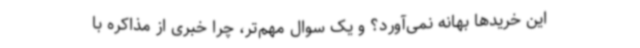
این خریدها بهانه نمی‌آورد؟ و یک سوال مهم‌تر، چرا خبری از مذاکره با